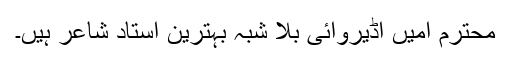
محترم امیں اڈیروائی بلا شبہ بہترین استاد شاعر ہیں۔